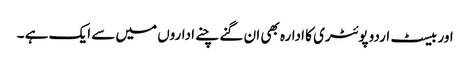
اور بیسٹ اردو پوئٹری کا ادارہ بھی ان گنے چنے اداروں میں سے ایک ہے ۔